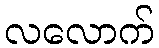
လလောက်